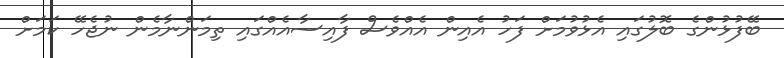
ބޭފުޅުންގެ ބޮލުގައި އެޅުވުމަށް ފަހު އެއިން އެއްވެސް ފާއިސާއެއްގައި ތިމަންނާމެން ނުޖެހޭ ކަމަށް